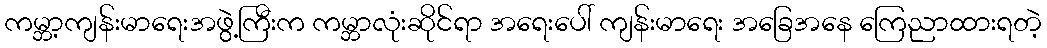
ကမ္ဘာ့ကျန်းမာရေးအဖွဲ့ကြီးက ကမ္ဘာလုံးဆိုင်ရာ အရေးပေါ် ကျန်းမာရေး အခြေအနေ ကြေညာထားရတဲ့